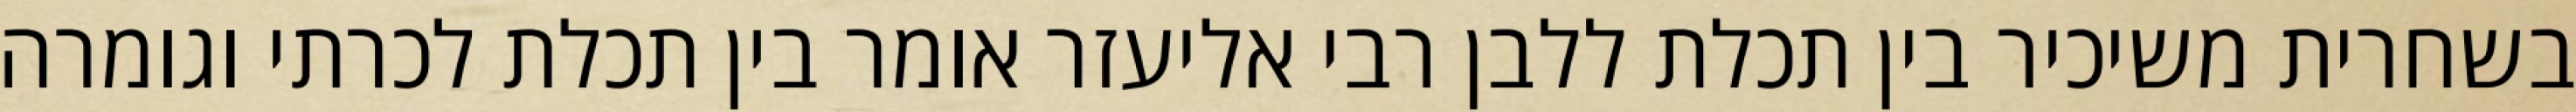
בשחרית משיכיר בין תכלת ללבן רבי אליעזר אומר בין תכלת לכרתי וגומרה